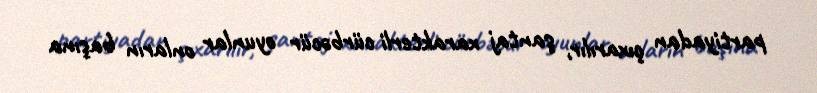
partiyadan çıxarılır, şantaj xarakterli cürbəcür oyunlar onların başına